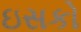
ઇસકો